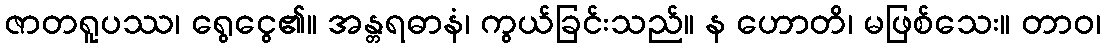
ဇာတရူပဿ၊ ရွေငွေ၏။ အန္တရဓာနံ၊ ကွယ်ခြင်းသည်။ န ဟောတိ၊ မဖြစ်သေး။ တာဝ၊